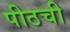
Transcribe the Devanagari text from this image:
पीठची